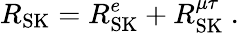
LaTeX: R_{\mathrm{SK}}=R_{\mathrm{SK}}^{e}+R_{\mathrm{SK}}^{\mu\tau}\ .